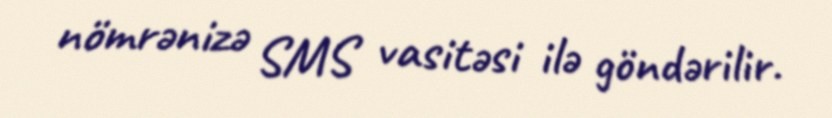
nömrənizə SMS vasitəsi ilə göndərilir.